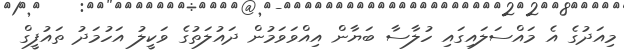
މިއަދުގެ އެ މައްސަލައިގައި ހުލާސާ ބަޔާން އިއްވަވަމުން ދައުލަތުގެ ވަކީލު އަހުމަދު ތައުފީގް